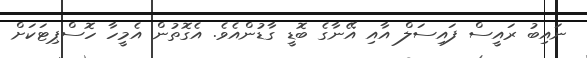
ނައިބު ރައީސް ފައިސަލް އާއި އޭނާގެ ބޮޑީ ގާޑުންއެވެ. އެގޮތުން އެމީހާ ހޮސްޕިޓަކަށް